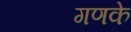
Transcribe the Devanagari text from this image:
गणके